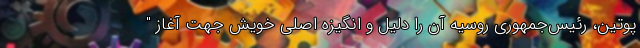
پوتین، رئیس‌جمهوری روسیه آن را دلیل و انگیزه اصلی خویش جهت آغاز "